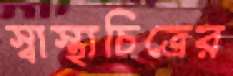
স্বাস্থ্যচিত্রের